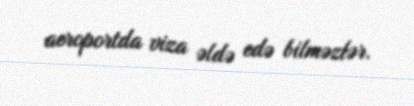
aeroportda viza əldə edə bilməzlər.